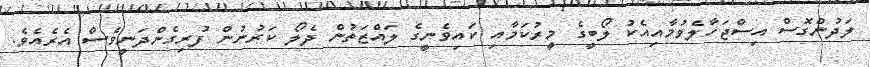
ލަދުންގޮސް އިސްޖަހާލެވުމާއިއެކު ލޯބީގެ މީރުކަމާއި ކައިވެނީގެ ލައްޒަތުން ދެލޯ ކަރުނުން ފުރިގެންދަނީވެސް އެރެއެވެ.